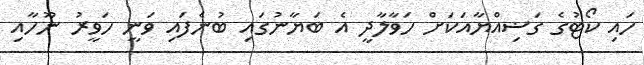
ހައި ކޯޓުގެ ގަޟިއްޔާއަކަށް ހަވާލާދީ އެ ބަޔާނުގައި ބުނެފައި ވަނީ ހަވީރު ނޫހާއި